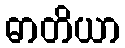
ဓာတိယာ